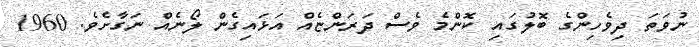
ނުވަތަ ދިވެހިންގެ ބޮލުގައި ކޮންމެ ވެސް ދަރަންޏެއް އަޅައިގެން ލޯނެއް ނަގާށެވެ. 1960